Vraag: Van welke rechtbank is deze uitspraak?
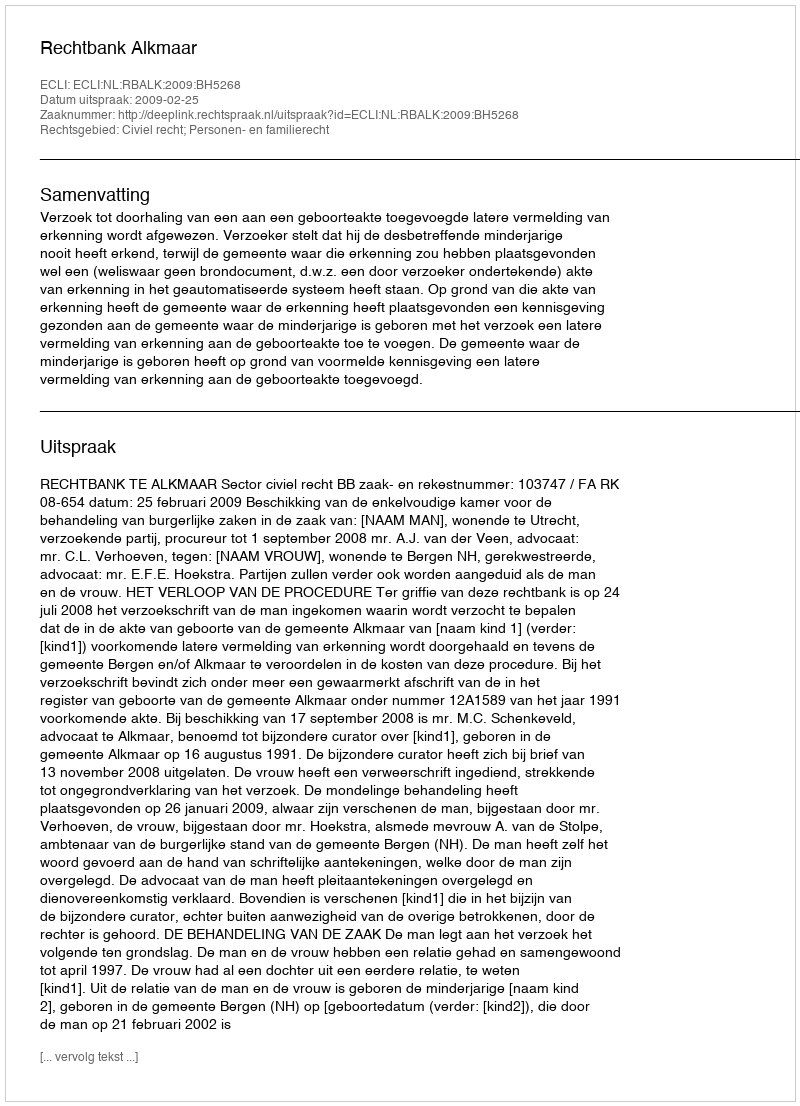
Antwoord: Rechtbank Alkmaar